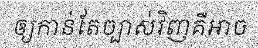
ឲ្យកាន់តែច្បាស់វិញគឺអាច